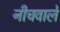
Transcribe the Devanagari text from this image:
नीचवाले